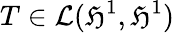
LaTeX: T\in\mathcal{L}(\mathfrak{H}^{1},\mathfrak{H}^{1})